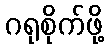
ဂရုစိုက်ဖို့